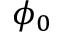
\phi _ { 0 }